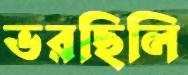
ভরছিলি